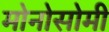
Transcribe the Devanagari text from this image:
मोनोसोमी